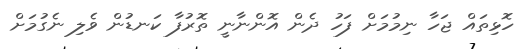
ހޮޅިތައް ޖަހާ ނިމުމަށް ފަހު ދެން އޮންނާނީ ތޮރުފާ ކަނޑުން ވެލި ނެގުމަށް